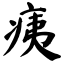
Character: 痍